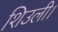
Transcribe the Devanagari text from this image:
शिउली।